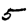
Digit: 5